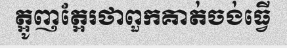
ត្អូញត្អែរថាពួកគាត់ចង់ធ្វើ